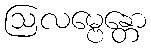
ဩလမ္ဗေန္တော